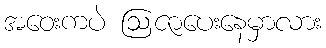
အဝေးကပဲ ဩဇာပေးနေမှာလား